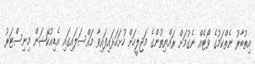
އިތުބާރު ނެތްކަމުގެ ވޯޓެއް ނެގުމަށް ރައްޔިތުންގެ މަޖިލީހަށް ހުށަހަޅައިފައިވާ މައްސަލައިގައި އެޑިއުކޭޝަން މިނިސްޓަރު